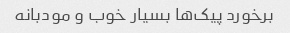
برخورد پیک‌ها بسیار خوب و مودبانه